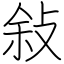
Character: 敍